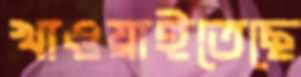
খাওয়াইতেছে